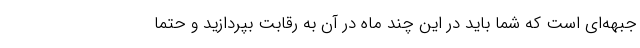
جبهه‌ای است که شما باید در این چند ماه در آن به رقابت بپردازید و حتما